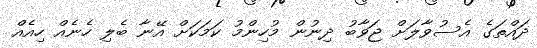
ދައްތަގެ އެސުވާލަށް ޖަވާބު ދިނުން މުހިންމު ކަމަކަށް އޭނާ ބެލި ހެނެއް ހިއެއް